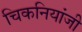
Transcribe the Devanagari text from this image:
चिकनियांजी